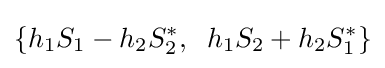
\{h_{1}S_{1}-h_{2}S_{2}^{*},\;\;h_{1}S_{2}+h_{2}S_{1}^{*}\}